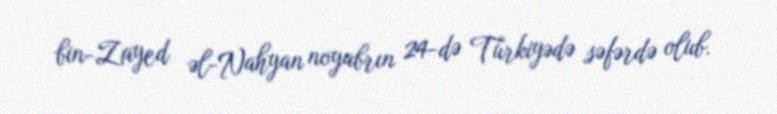
bin-Zayed əl-Nahyan noyabrın 24-də Türkiyədə səfərdə olub.